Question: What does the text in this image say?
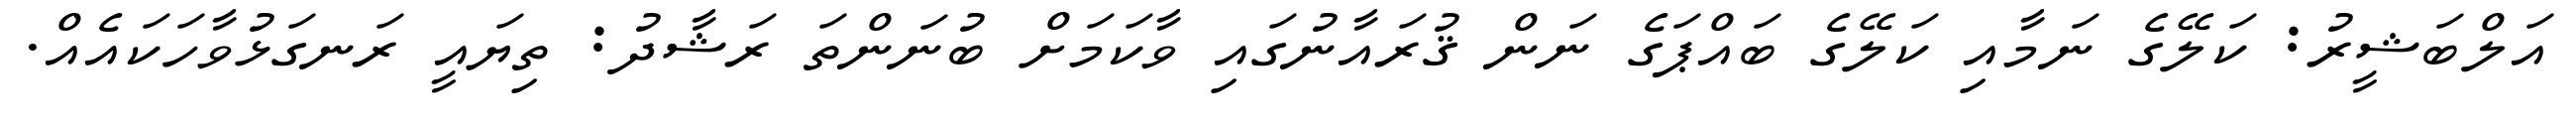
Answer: އަލްބަޝީރު: ކަލޭގެ ނަމާއި ކަލޭގެ ބައްޕަގެ ނަން ޤުރައާނުގައި ވާކަމަށް ބުނަންތަ ރަޝާދު: ތިޔައީ ރަނގަޅުވާހަކައެއް.